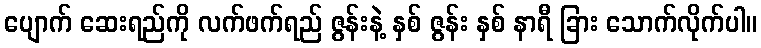
ပျောက် ဆေးရည်ကို လက်ဖက်ရည် ဇွန်းနဲ့ နှစ် ဇွန်း နှစ် နာရီ ခြား သောက်လိုက်ပါ။